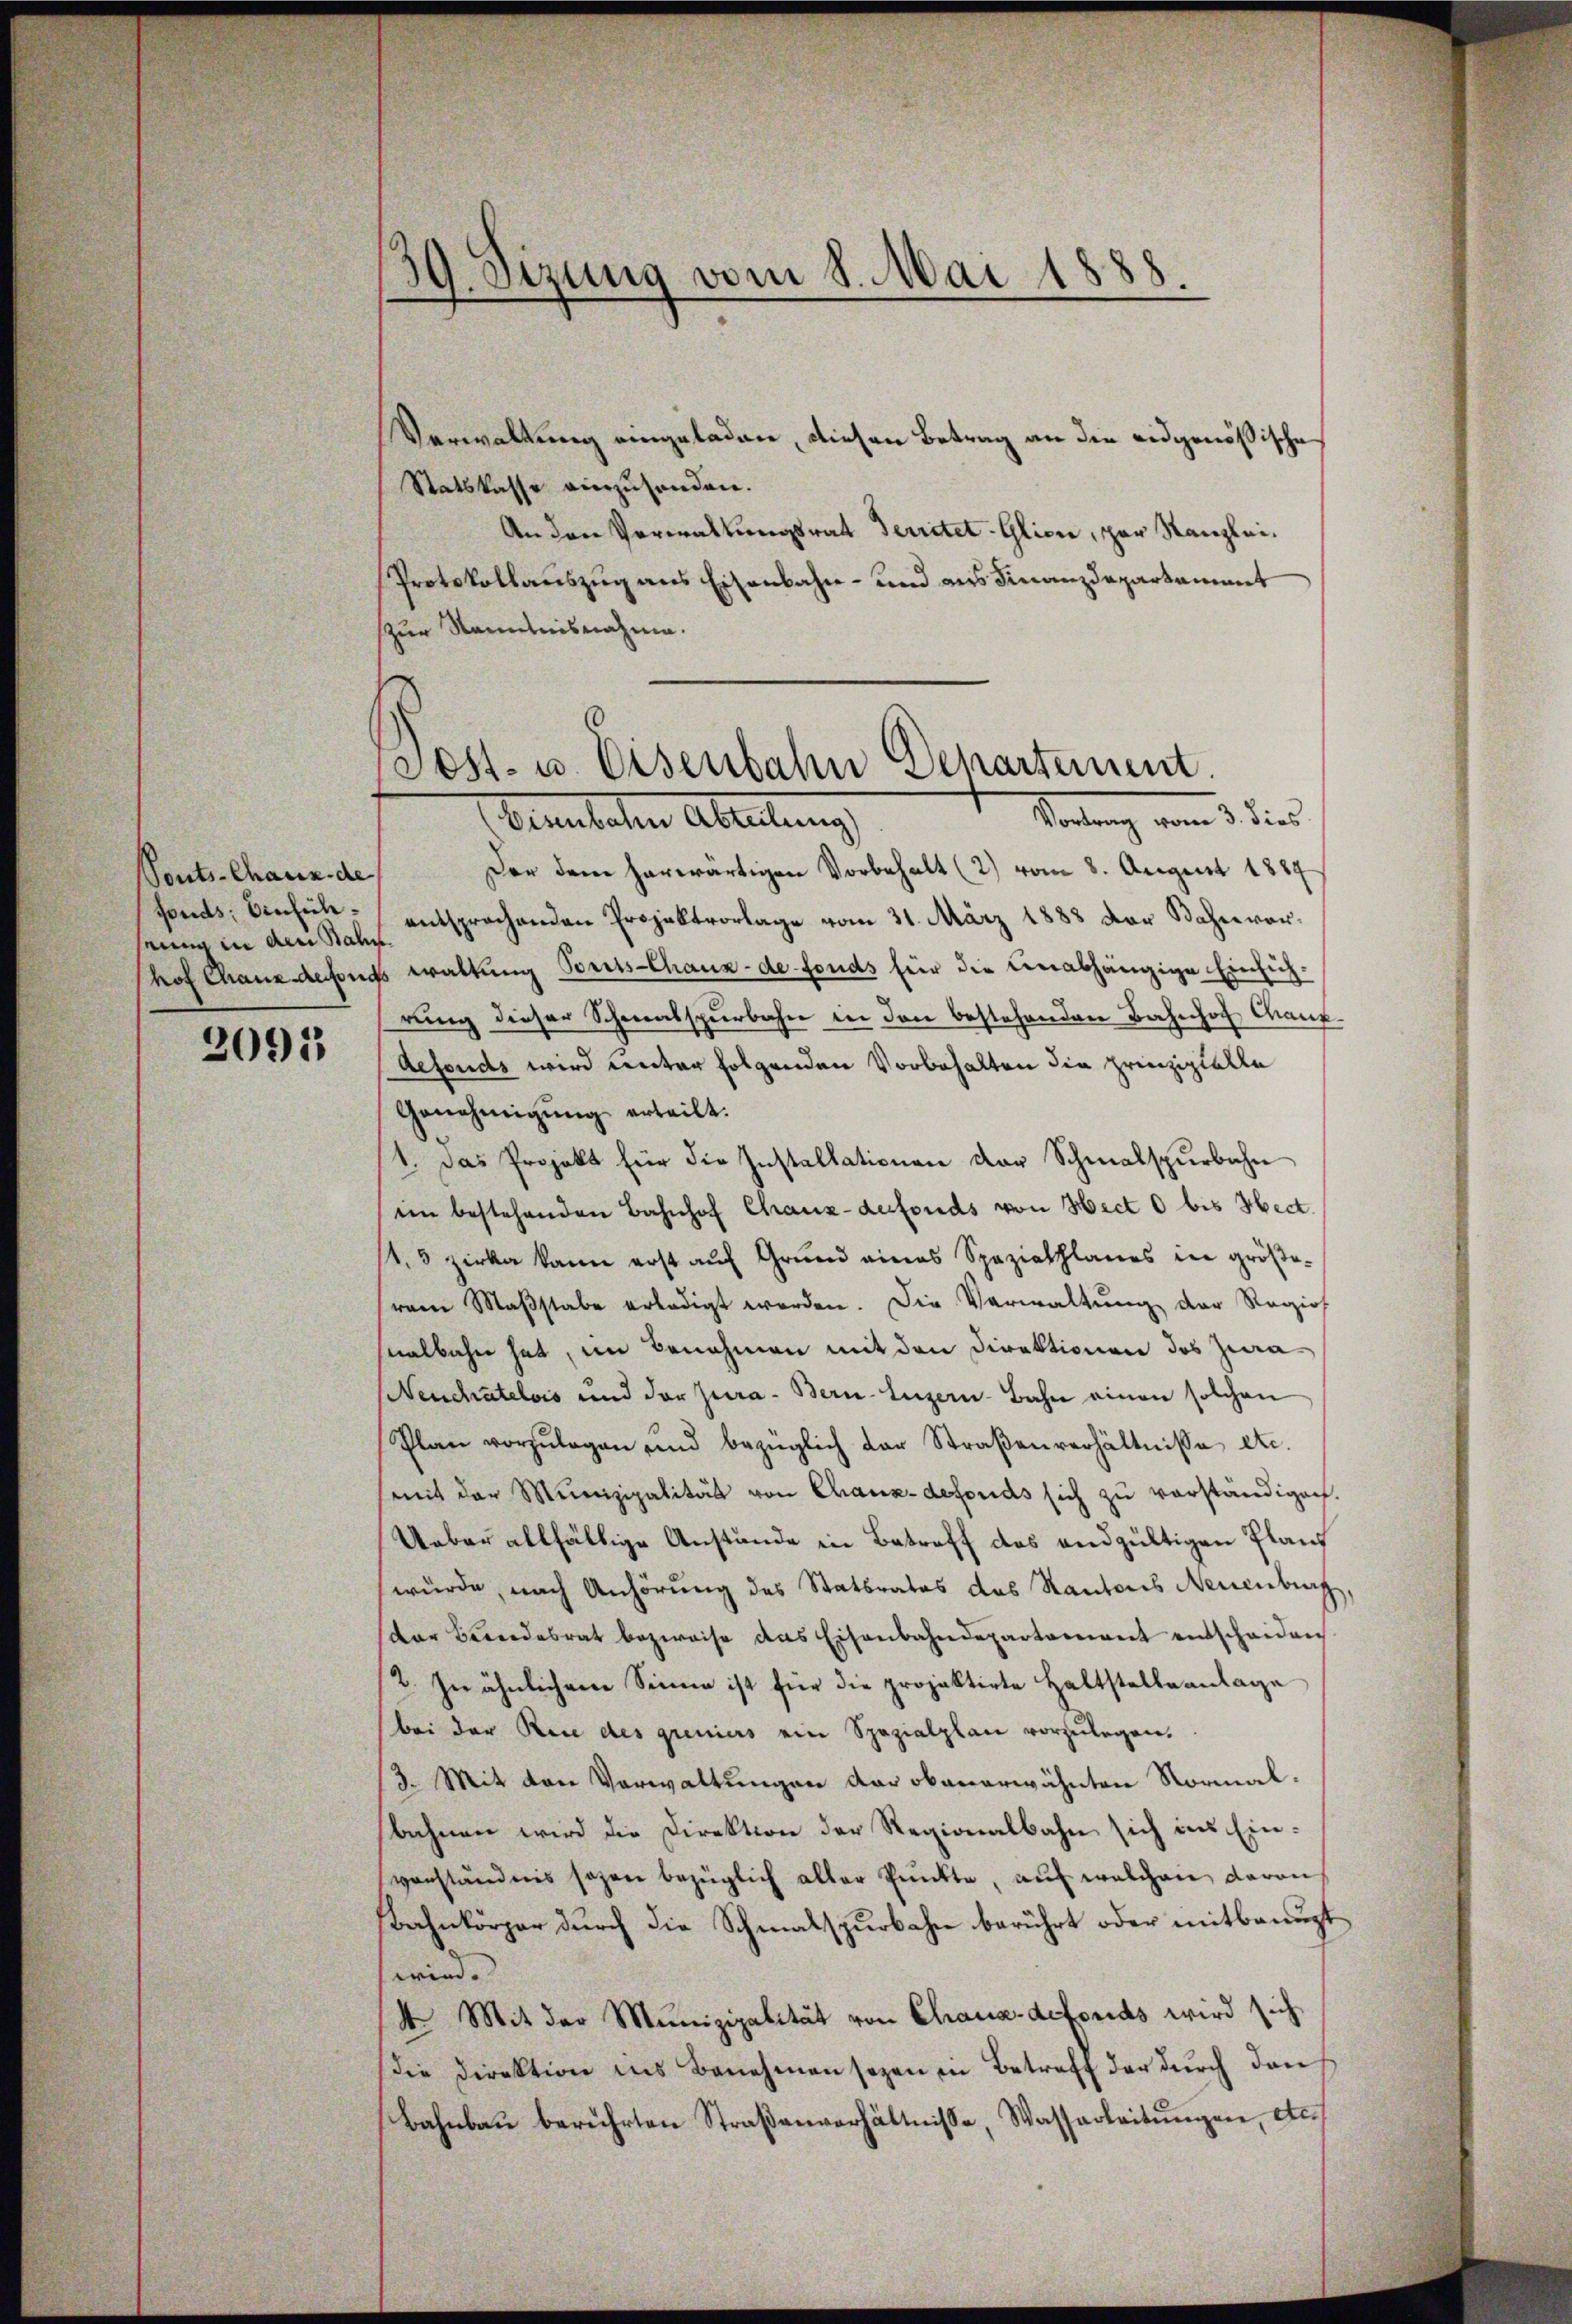
onts-Chaux de
fonds; Einfüh
eung in den Bahn

2091

Sendung vom 5. dies
Sennholen Abteilung
Der dem herwärtigen Vorbehalt (2) vom 8. August 1889
entsprochenden Projektvorlage vom 31. März 1888 der Bahnverhof Chaus defonds waltung Borts-Chaux-de fonds für die einabhängige Einsichrung dieser Schmalspurbahn in den bestehenden Bahnhof, Kauf¬
Aefonds wird unter folgenden Vorbehalten die prinzipielle
Genehmigung erteilt.
1. Das Projekt für die Installationen der Schmalspurbahn
ein bestehenden Bahnhof Chaux-defonds von Hect 0 bis Hect.
143 zirka kann erst auf Grund eines Spaziechlanes in größerem Maβstabe erledigt worden. Die Verwaltung der Regios
nalbahn hat, im Benehmen mit den Direktionen des Zura¬
Neuchatelois und der Jura - Bern, Luzern Bahn einen solchen
Plan vorzŭlegen und bezüglich der Straβenverhältnisse etc.
mit der Munizipalität von Chaux-defonds sich zu verständigen.
Ueber allfältige Anstände in Betreff des endgültigen Planz
wurde, nach Anhörung des Statbrates das Kantons Neuenburg
der Beendesrat bezweife das Eisenbahndepartement entscheiden
2. In ähnlichene Sinne ist für die projektirte Haltstelleanlage
bei der Rice des greniers ein Spezialplan vorzulegen,
3. Mit den Verwaltungen der obenerwähnten Normalbahnen wird die Direktion der Regionalbahn sich ins Einvorständnis sagen bezüglich aller Punkte, auf welchen davon
Bahnkörper durch die Schmalspurbahn berührt oder mitbenuzt
win.
4 Mit der Munizipalität von Chaux-defonds wird sich
Die Direktion ins Benehmen sezen in Betreff der durch den
Bahnbau berührten Straßenverhältnisse, Wasserleitungen, etc.

39. Sizung vom 8. Mai 1888.
.

Verwaltung eingeladen, diesen Betrag an die eidgenößische
Statskasse einzusenden.
An den Verwaltungsrath Territet-Glion, par Kanzlei.
Protokollauszug aus Eisenbahn- und aus Finanzdepartament
zur Kenntnisnahme.

Sost- u. Eisenbahn Departement.